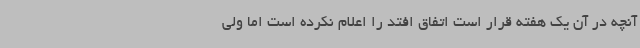
آنچه در آن یک هفته قرار است اتفاق افتد را اعلام نکرده است اما ولی